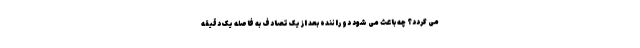
می گردد؟ چه باعث می شود دو راننده بعد از یک تصادف به فاصله یک دقیقه